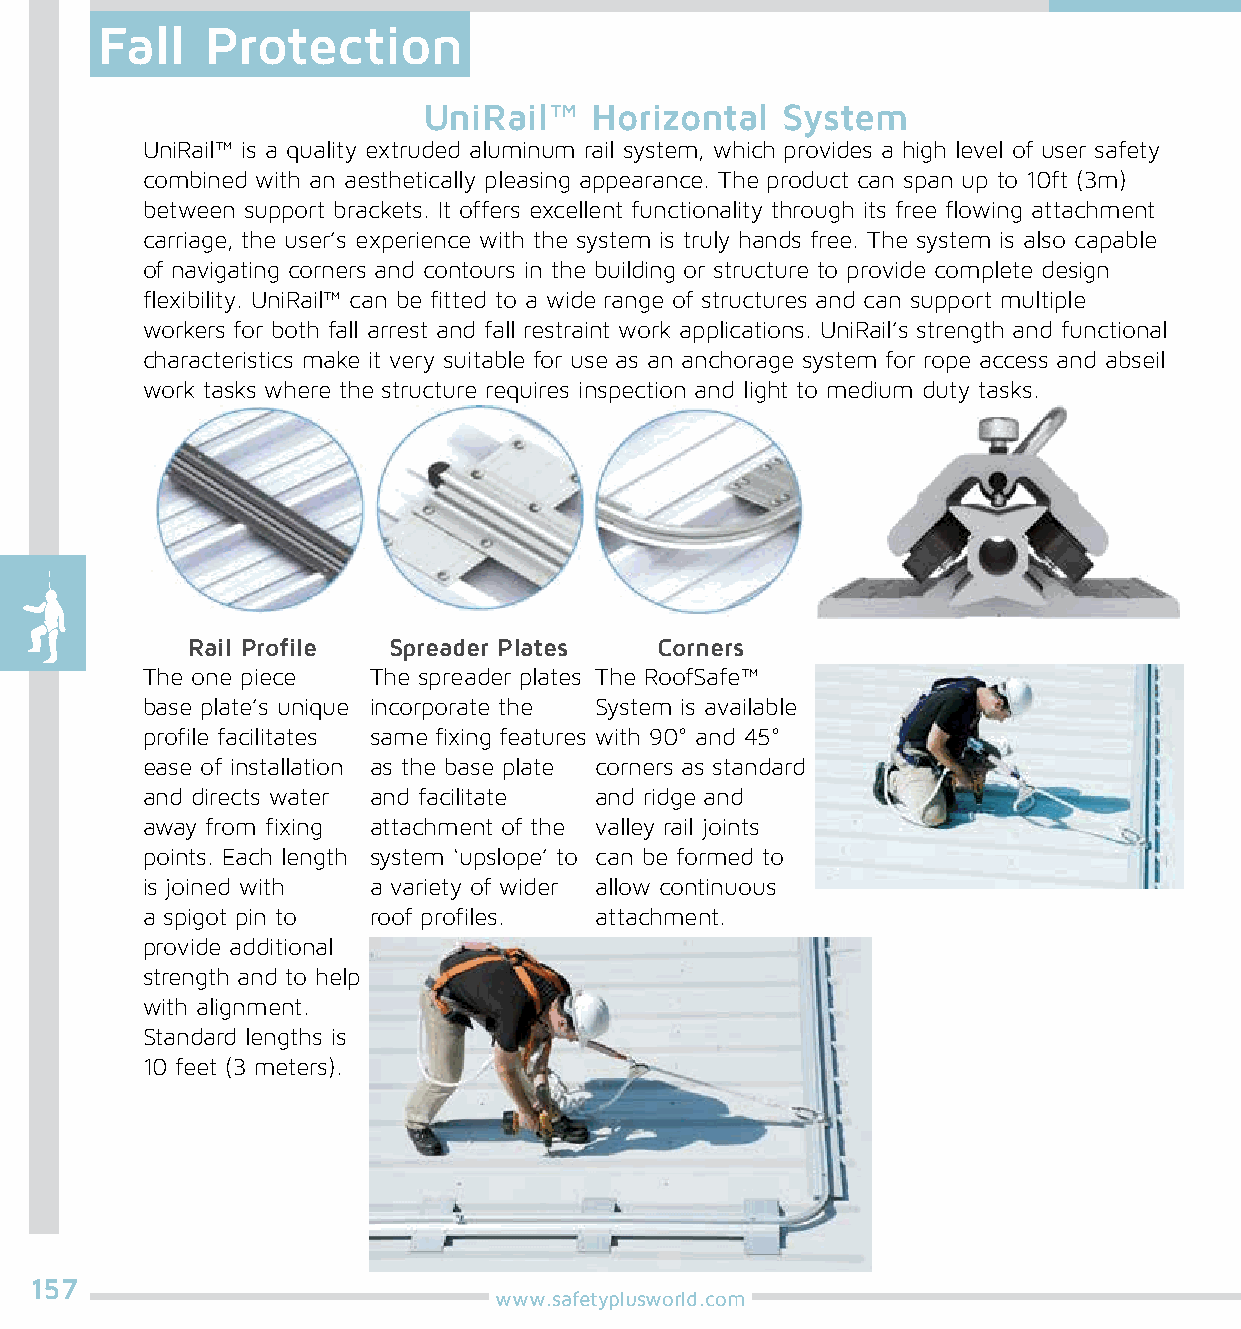
Fall    Protection
 UniRail™   Horizontal   System
 UniRail™ is a quality extruded aluminum rail system, which provides a high level of user safety
 combined with an aesthetically pleasing appearance. The product can span up to 10ft (3m)
 between support brackets. It offers excellent functionality through its free flowing attachment
 carriage, the user’s experience with the system is truly hands free. The system is also capable
 of navigating corners and contours in the building or structure to provide complete design
 flexibility. UniRail™ can be fitted to a wide range of structures and can support multiple
 workers for both fall arrest and fall restraint work applications. UniRail’s strength and functional
 characteristics make it very suitable for use as an anchorage system for rope access and abseil
 work tasks where the structure requires inspection and light to medium duty tasks.
 Rail Profile  Spreader Plates  Corners
 The one piece  The spreader plates The RoofSafe™
 base plate’s unique incorporate the System is available
 profile facilitates same fixing features with 90° and 45°
 ease of installation as the base plate corners as standard
 and directs water and facilitate and ridge and
 away from fixing attachment of the valley rail joints
 points. Each length system ‘upslope’ to can be formed to
 is joined with a variety of wider allow continuous
 a spigot pin to roof profiles. attachment.
 provide additional
 strength and to help
 with alignment.
 Standard lengths is
 10 feet (3 meters).
 157
 www.safetyplusworld.com